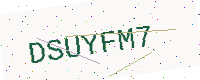
Text: DSUYFM7